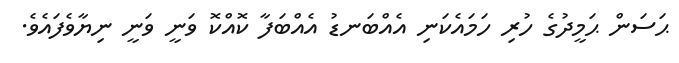
ޙަސަން ޙަމީދުގެ ހުރި ހަމައެކަނި އެއްބަނޑު އެއްބަފާ ކޮއްކޮ ވަނީ ވަނީ ނިޔާވެފައެވެ.